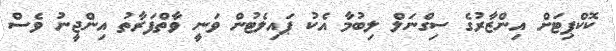
ކޮކްޕިޓަށް އިންޒާރުގެ ސިގްނަލް ލިބުމާ އެކު ޕައިލެޓުން ވަނީ ވާތްފަރާތު އިންޖީނު ވެސް